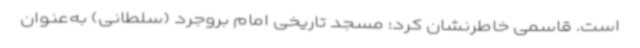
است. قاسمی خاطرنشان کرد: مسجد تاریخی امام بروجرد (سلطانی) به‌عنوان